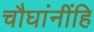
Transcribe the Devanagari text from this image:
चौघांनींहि